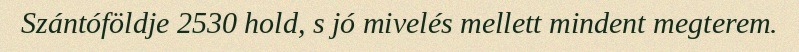
Szántóföldje 2530 hold, s jó mivelés mellett mindent megterem.